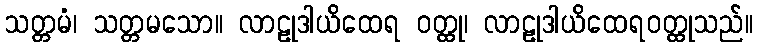
သတ္တမံ၊ သတ္တမသော။ လာဠုဒါယိထေရ ဝတ္ထု၊ လာဠုဒါယိထေရဝတ္ထုသည်။